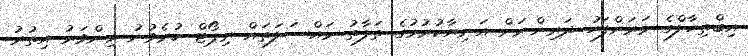
އިބްތިހާލްގެ މަރަށްފަހު ދަރިންނަށް އަނިޔާކުރުމުގެ ތަފާތު މައްސަލަތައް ރިޕޯޓް ކުރެވުނު މިންވަރު އިތުރު